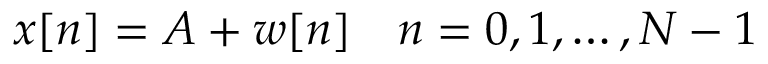
x [ n ] = A + w [ n ] \quad n = 0 , 1 , \dots , N - 1